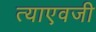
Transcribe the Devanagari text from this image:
त्याएवजी